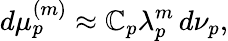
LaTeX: d\mu_{p}^{(m)}\approx\mathbb{C}_{p}\lambda_{p}^{m}\, d\nu_{p},